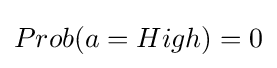
Prob(a=High)=0